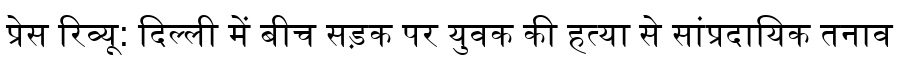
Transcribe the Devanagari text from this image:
प्रेस रिव्यू: दिल्ली में बीच सड़क पर युवक की हत्या से सांप्रदायिक तनाव